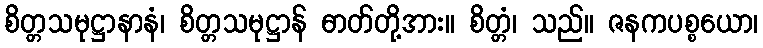
စိတ္တသမုဋ္ဌာနာနံ၊ စိတ္တသမုဋ္ဌာန် ဓာတ်တို့အား။ စိတ္တံ၊ သည်။ ဇနကပစ္စယော၊